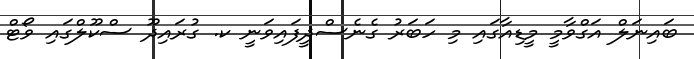
ބައިނަލް އަގްވާމީ މީޑިއާގައި މި ހަބަރު ގެނެސްދީފައިވަނީ ކ. ގުރައިދޫ ސްކޫލްގައި ވޯޓް